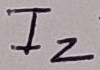
Text: I2